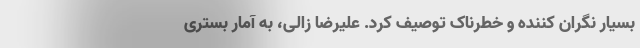
بسیار نگران کننده و خطرناک توصیف کرد. علیرضا زالی، به آمار بستری